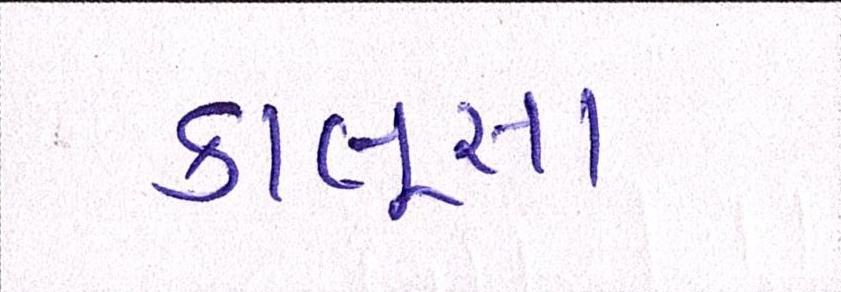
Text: કાલુસા